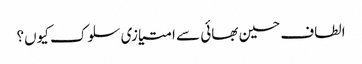
الطاف حسین بھائی سے امتیازی سلوک کیوں؟